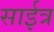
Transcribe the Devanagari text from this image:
साईत्र